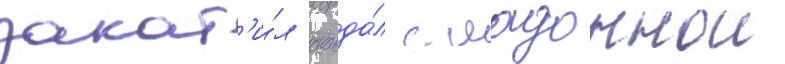
закат'и́л сканда́л с мадоннои